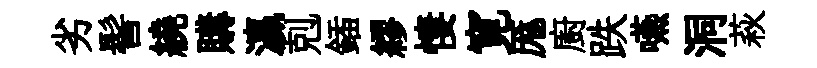
劣髻繞購瀛剋鍤繆悽寛厖廚跌嚥洞萩